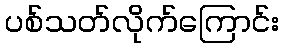
ပစ်သတ်လိုက်ကြောင်း